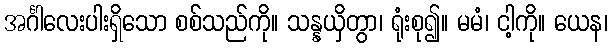
အင်္ဂါလေးပါးရှိသော စစ်သည်ကို။ သန္နယှိတွာ၊ ရုံးစု၍။ မမံ၊ ငါ့ကို။ ယေန၊